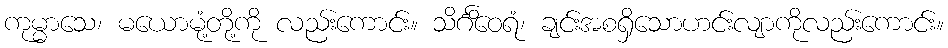
ကုမ္မာသေ၊ မယောမုံ့တို့ကို လည်းကောင်း။ သိင်္ဂိဝေရံ၊ ချင်းအစရှိသောဟင်းလျာကိုလည်းကောင်း။